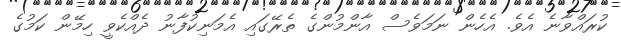
ކުރައްވާނެ އެވެ. އެހެން ނަމަވެސް އާންމުންގެ ތެރޭގައި އެމަނިކުފާނު ދެއްކެވީ ހިމޭން ކަމުގެ